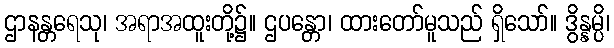
ဌာနန္တရေသု၊ အရာအထူးတို့၌။ ဌပန္တော၊ ထားတော်မူသည် ရှိသော်။ ဒွိန္နမ္ပိ၊